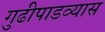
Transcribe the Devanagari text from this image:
गुढीपाडव्यास